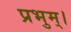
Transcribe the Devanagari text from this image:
प्रभुम्।